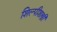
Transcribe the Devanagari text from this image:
शिल्पीशास्त्री